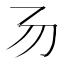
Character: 𠃓